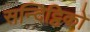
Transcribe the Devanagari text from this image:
सन्दिट्ठिको